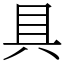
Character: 具